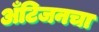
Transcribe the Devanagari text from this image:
अँटिजनचा